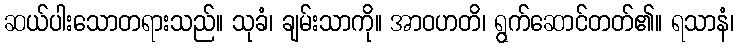
ဆယ်ပါးသောတရားသည်။ သုခံ၊ ချမ်းသာကို။ အာဝဟတိ၊ ရွက်ဆောင်တတ်၏။ ရသာနံ၊